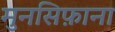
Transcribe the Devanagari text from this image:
मुनसिफ़ाना